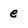
Character: e